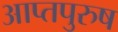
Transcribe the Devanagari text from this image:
आप्तपुरुष